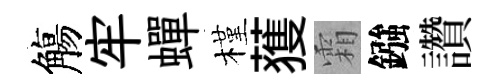
觴牢蟬槿𫉬霜鏹讚